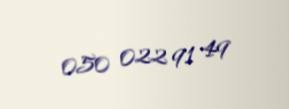
050 022 91 49